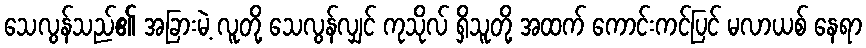
သေလွန်သည်၏ အခြားမဲ့ လူတို့ သေလွန်လျှင် ကုသိုလ် ရှိသူတို့ အထက် ကောင်းကင်ပြင် မလာယစ် နေရာ